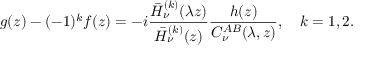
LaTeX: g ( z ) - ( - 1 ) ^ { k } f ( z ) = - i \frac { \bar { H } _ { \nu } ^ { ( k ) } ( \lambda z ) } { \bar { H } _ { \nu } ^ { ( k ) } ( z ) } \frac { h ( z ) } { C _ { \nu } ^ { A B } ( \lambda , z ) } , \quad k = 1 , 2 .